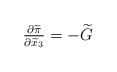
\begin{align*}\tfrac{\partial \widetilde \pi}{\partial \widetilde x_3} =-\widetilde G \end{align*}